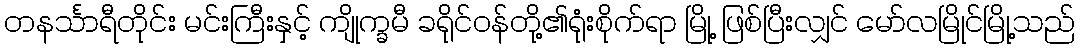
တနင်္သာရီတိုင်း မင်းကြီးနှင့် ကျိုက္ခမီ ခရိုင်ဝန်တို့၏ရုံးစိုက်ရာ မြို့ ဖြစ်ပြီးလျှင် မော်လမြိုင်မြို့သည်